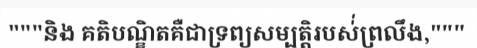
"""និង គតិបណ្ឌិតគឺជាទ្រព្យសម្បត្តិរបស់់ព្រលឹង,"""